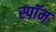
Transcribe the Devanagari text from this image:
स्पॉम